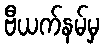
ဗီယက်နမ်မှ